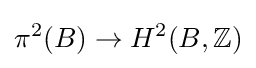
\pi ^{2}(B)\rightarrow H^{2}(B,\mathbb {Z} )